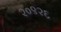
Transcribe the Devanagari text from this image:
२०९२६